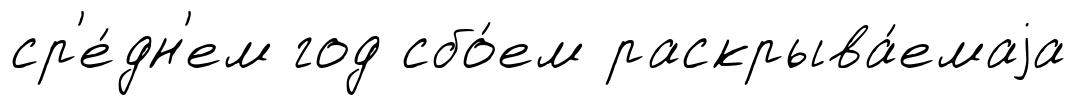
ср'е́дн'ем год сбо́ем раскрыва́емаjа